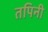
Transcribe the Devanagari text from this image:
तपिनी